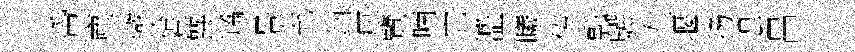
帋塵薇拾磊拭嶠景充鈵康覽喃它濫曦传瓢驥左堰扬遑昌